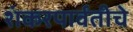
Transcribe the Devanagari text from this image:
शंकरपार्वतीचे